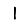
Digit: 1